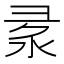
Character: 𢑙